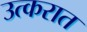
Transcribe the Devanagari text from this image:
उत्करात